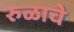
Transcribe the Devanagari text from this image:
रुळाचे